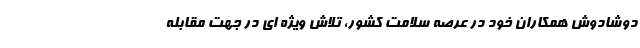
دوشادوش همکاران خود در عرصه سلامت کشور، تلاش ویژه ای در جهت مقابله